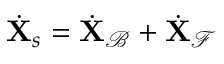
\dot { \mathbf { X } } _ { s } = \dot { \mathbf { X } } _ { \mathcal { B } } + \dot { \mathbf { X } } _ { \mathcal { F } }